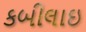
કબીલાઇ